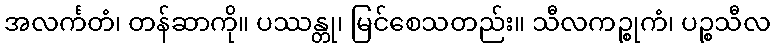
အလင်္ကတံ၊ တန်ဆာကို။ ပဿန္တု၊ မြင်စေသတည်း။ သီလကဉ္စုကံ၊ ပဉ္စသီလ